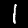
Label: 1